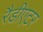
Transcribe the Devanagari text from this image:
रैडीएटर